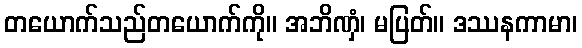
တယောက်သည်တယောက်ကို။ အဘိဏှံ၊ မပြတ်။ ဒဿနကာမာ၊